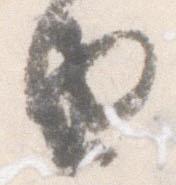
由